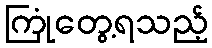
ကြုံတွေ့ရသည့်